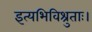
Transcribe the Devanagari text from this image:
इत्यभिविश्रुताः।